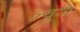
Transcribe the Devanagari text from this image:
ल्यूथा